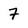
Character: 7